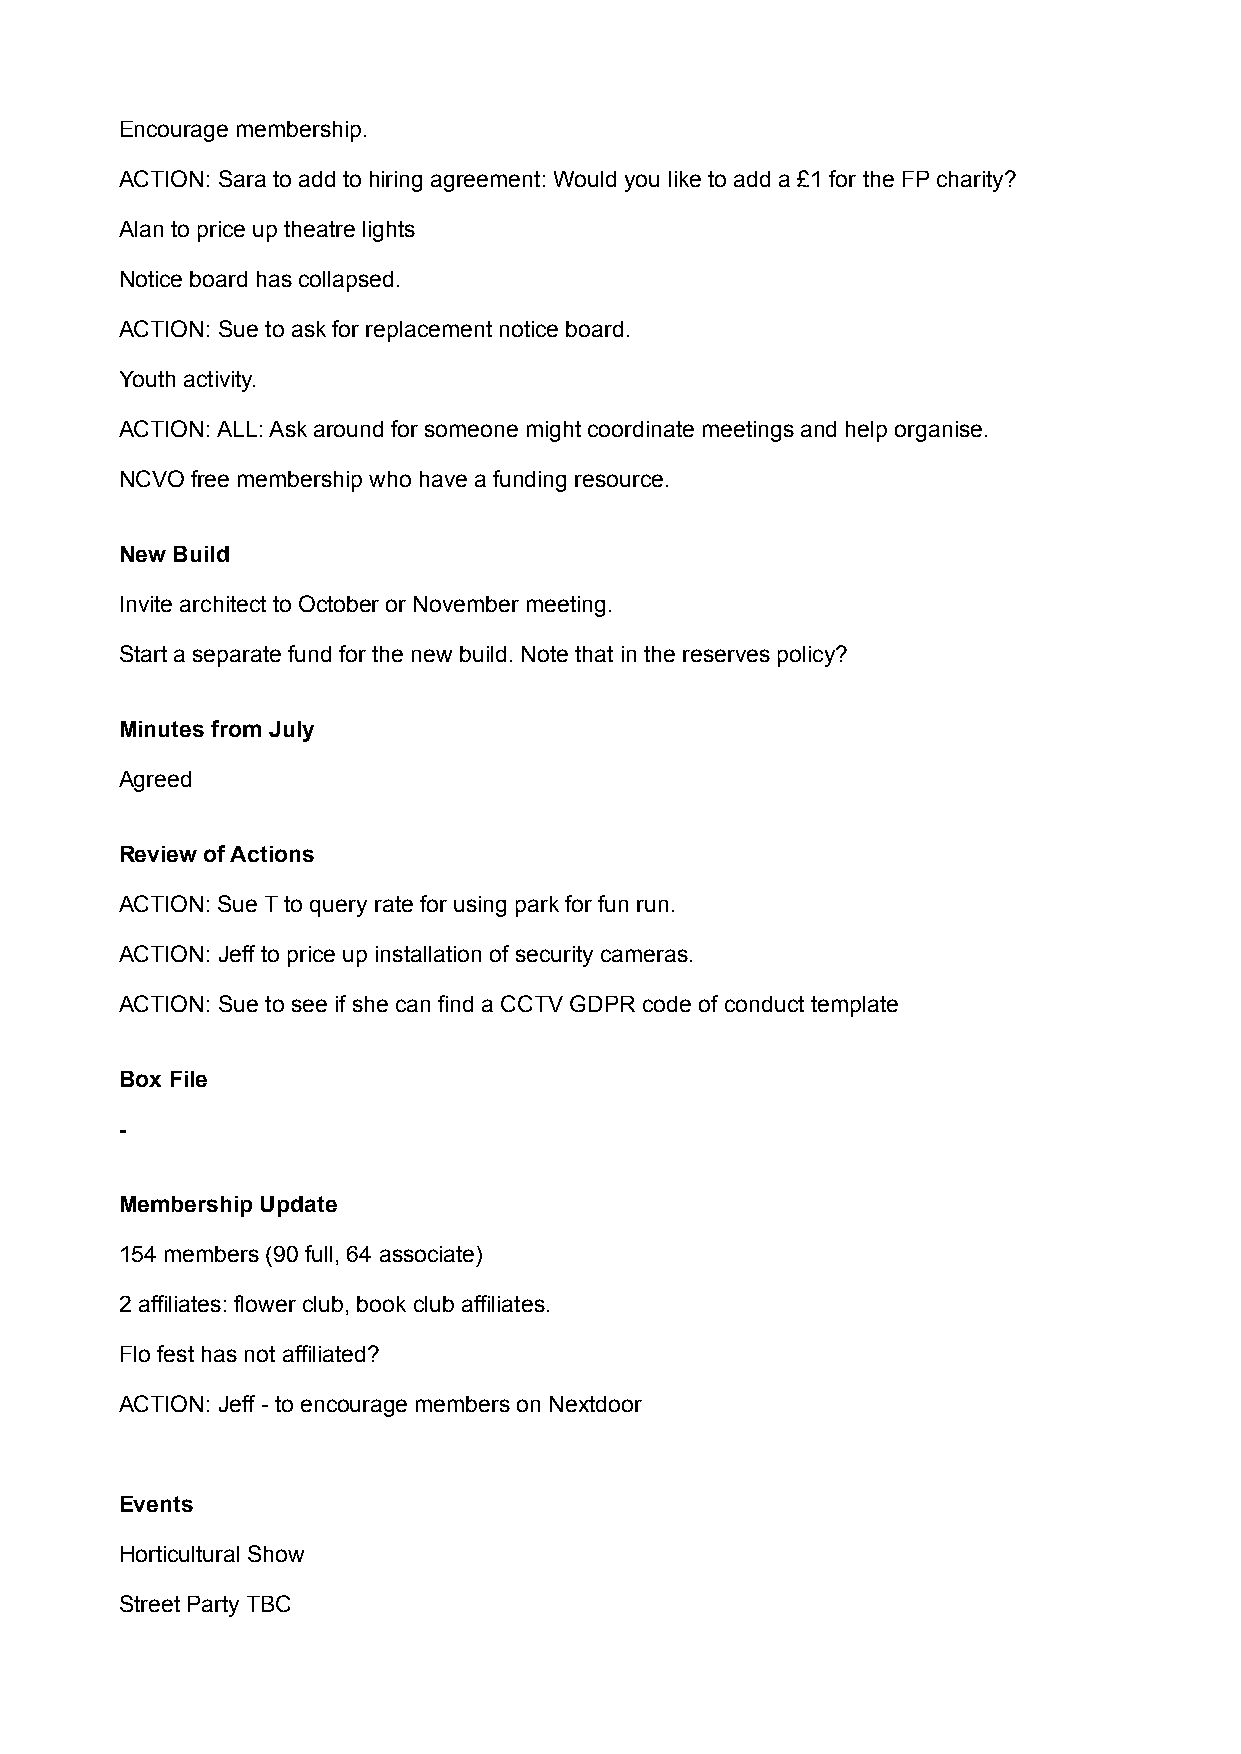
Encourage membership.
 ACTION: Sara to add to hiring agreement: Would you like to add a £1 for the FP charity?
 Alan to price up theatre lights
 Notice board has collapsed.
 ACTION: Sue to ask for replacement notice board.
 Youth activity.
 ACTION: ALL: Ask around for someone might coordinate meetings and help organise.
 NCVO free membership who have a funding resource.
 New Build
 Invite architect to October or November meeting.
 Start a separate fund for the new build. Note that in the reserves policy?
 Minutes from July
 Agreed
 Review of Actions
 ACTION: Sue T to query rate for using park for fun run.
 ACTION: Jeff to price up installation of security cameras.
 ACTION: Sue to see if she can find a CCTV GDPR code of conduct template
 Box File
 -
 Membership Update
 154 members (90 full, 64 associate)
 2 affiliates: flower club, book club affiliates.
 Flo fest has not affiliated?
 ACTION: Jeff - to encourage members on Nextdoor
 Events
 Horticultural Show
 Street Party TBC